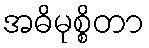
အဓိမုစ္စိတာ